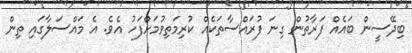
ބިދޭސީން ބައެއް ފަރާތުން ގިނަ ފުރައްސާތަކެއް ކުރިމަތިވުމަށްފަހު އެވެ. އެ މައްސަލާގައި ތިން